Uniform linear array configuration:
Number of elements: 12
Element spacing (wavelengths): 1
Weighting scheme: hann
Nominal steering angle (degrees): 45
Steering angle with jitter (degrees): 46.37
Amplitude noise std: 0.05
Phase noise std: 0.05

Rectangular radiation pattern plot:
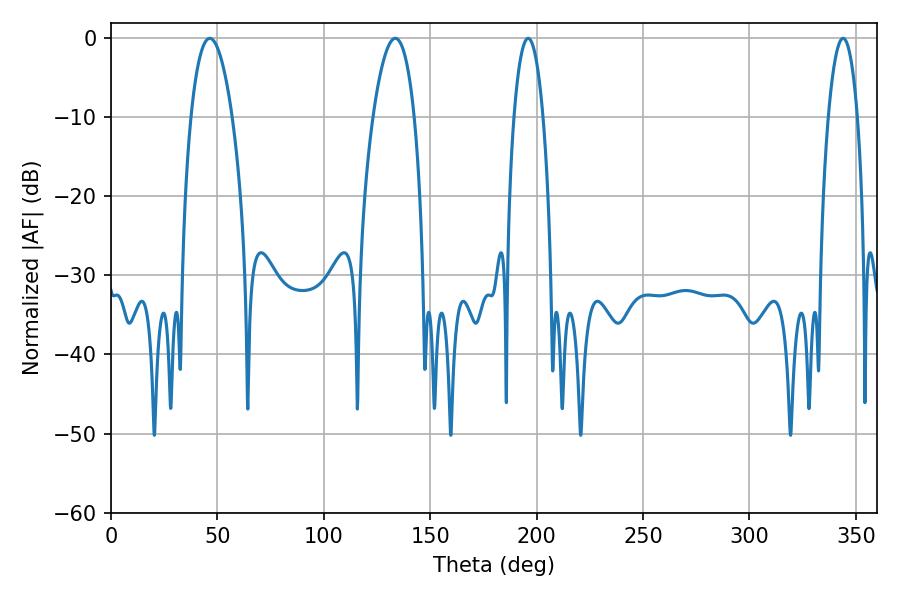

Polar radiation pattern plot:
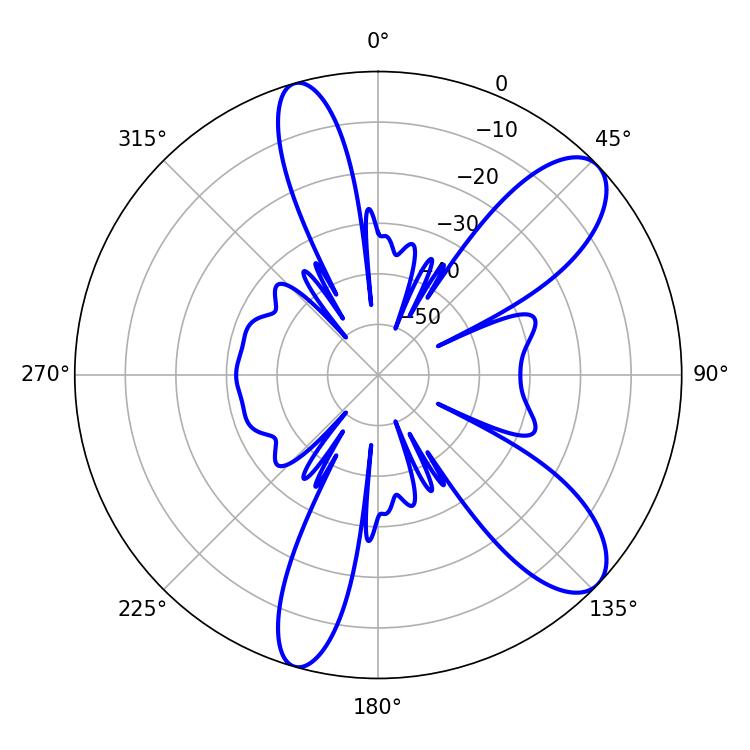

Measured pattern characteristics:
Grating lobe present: TRUE
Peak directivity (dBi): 9.717
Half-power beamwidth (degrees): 7.56
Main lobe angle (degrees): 196.02